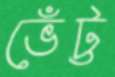
ভেঁট্ট